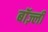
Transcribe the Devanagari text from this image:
बॉज़्ली